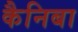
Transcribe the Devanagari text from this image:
कैनिबा